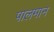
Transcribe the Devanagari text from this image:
पालमान